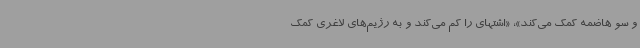
و سو هاضمه کمک می‌کند»، «اشتهای را کم می‌کند و به رژیم‌های لاغری کمک